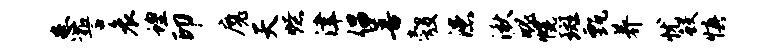
患誓哀蝗印魔天燎津倡善彀漶湫魄幌斑甄养忧鲛慎